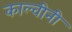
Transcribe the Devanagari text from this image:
काल्वीनी